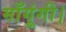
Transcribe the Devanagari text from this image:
माँगूंगी।